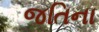
જતિના